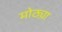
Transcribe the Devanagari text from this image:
मोठ्य़ा